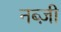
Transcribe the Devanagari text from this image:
नब्ज़ी